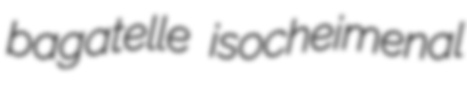
bagatelle isocheimenal